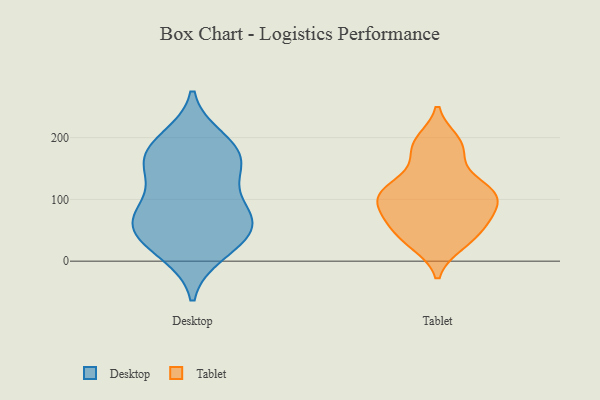
{"axis": {"x": "Humidity (%)", "y": "Value"}, "legend": ["Desktop", "Tablet"], "data": [{"x": "", "y": 179, "type": "Desktop"}, {"x": "", "y": 145, "type": "Desktop"}, {"x": "", "y": 19, "type": "Desktop"}, {"x": "", "y": 107, "type": "Desktop"}, {"x": "", "y": 199, "type": "Desktop"}, {"x": "", "y": 191, "type": "Desktop"}, {"x": "", "y": 70, "type": "Desktop"}, {"x": "", "y": 65, "type": "Desktop"}, {"x": "", "y": 65, "type": "Desktop"}, {"x": "", "y": 12, "type": "Desktop"}, {"x": "", "y": 46, "type": "Desktop"}, {"x": "", "y": 170, "type": "Desktop"}, {"x": "", "y": 72, "type": "Desktop"}, {"x": "", "y": 148, "type": "Desktop"}, {"x": "", "y": 32, "type": "Desktop"}, {"x": "", "y": 155, "type": "Desktop"}, {"x": "", "y": 73, "type": "Desktop"}, {"x": "", "y": 194, "type": "Tablet"}, {"x": "", "y": 71, "type": "Tablet"}, {"x": "", "y": 113, "type": "Tablet"}, {"x": "", "y": 70, "type": "Tablet"}, {"x": "", "y": 126, "type": "Tablet"}, {"x": "", "y": 43, "type": "Tablet"}, {"x": "", "y": 105, "type": "Tablet"}, {"x": "", "y": 28, "type": "Tablet"}, {"x": "", "y": 101, "type": "Tablet"}, {"x": "", "y": 176, "type": "Tablet"}]}